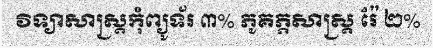
វិទ្យាសាស្ត្រកុំព្យូទ័រ ៣% ភូគភ្ភសាស្ត្រ រ៉ែ ២%